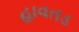
હાવતડ